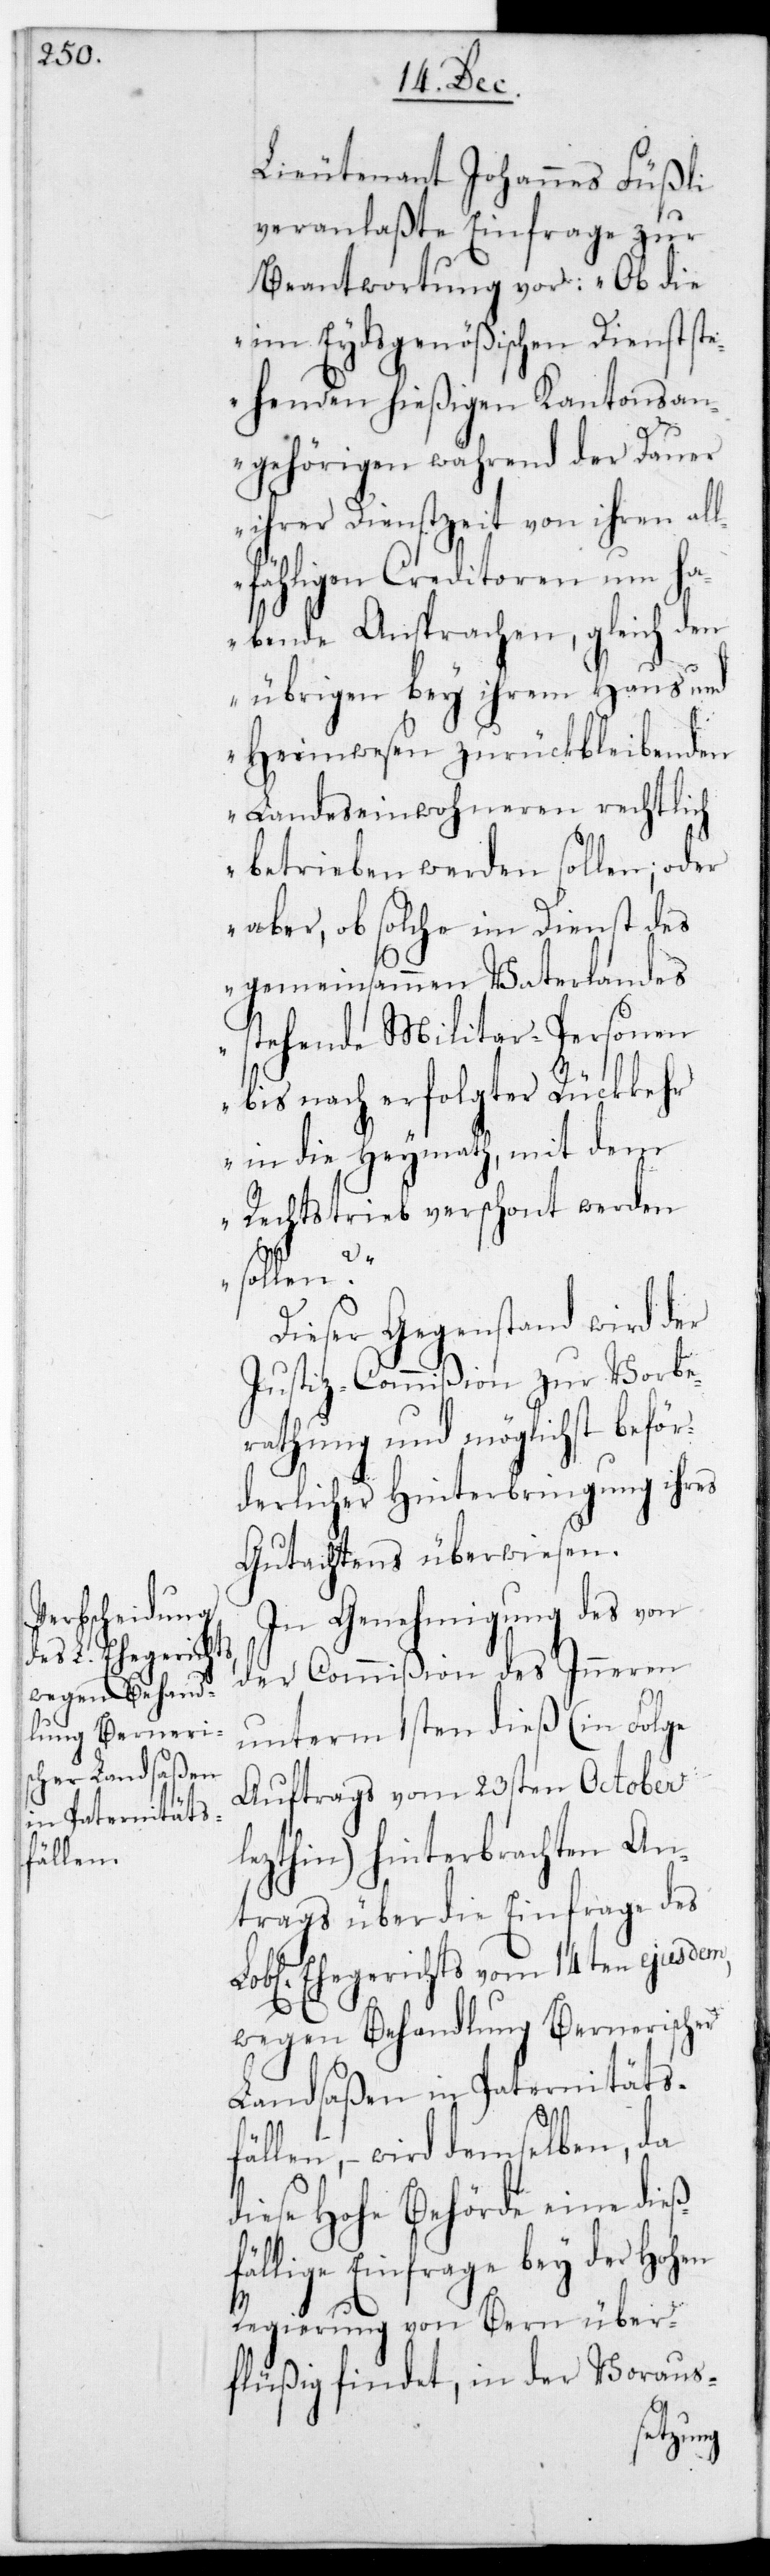
Lieutenant Johannes Füßli
veranlaßte Einfrage zur
Beantwortung vor: „Ob die
im Eydsgenößischen Dienst st¬
ehenden hießigen Cantonsan¬
gehörigen während der Dauer
ihrer Dienstzeit von ihren all¬
fähligen Creditoren um ha¬
bende Ansprachen, gleich den
übrigen bey ihrem Haus und
Heimwesen zurückbleibenden
Landeseinwohneren rechtlich
betrieben werden sollen; oder
aber, ob solche im Dienst des
gemeinsammen Vaterlandes
stehende Militarpersonen
bis nach erfolgter Rückkehr
in die Heymath, mit dem
Rechtstrieb verschont werden
Dieser Gegenstand wird der
Justiz-Commißion zur Vorbe¬
rathung und möglichst beför¬
derlicher Hinterbringung ihres
Gutachtens überwiesen.
In Genehmigung des von
der Commißion des Inneren
unterm 1sten dieß (in Folge
Auftrags vom 23sten October
lezthin) hinterbrachten An¬
trags über die Einfrage des
L. Ehegerichts vom 14ten ejusdem,
wegen Behandlung Bernerischer
Landsaßen in Paternitätsfä¬
llen, – wird demselben, da
diese Hohe Behörde eine dieß¬
fällige Einfrage bey der Hohen
Regierung von Bern über¬
flüßig findet, in der Voraus-